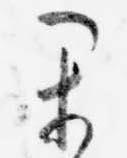
か